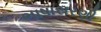
ભાષાસરણી